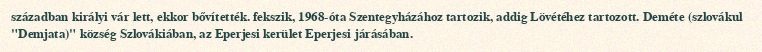
században királyi vár lett, ekkor bővítették. fekszik, 1968-óta Szentegyházához tartozik, addig Lövétéhez tartozott. Deméte (szlovákul "Demjata)" község Szlovákiában, az Eperjesi kerület Eperjesi járásában.